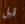
قبل